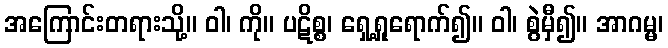
အကြောင်းတရားသို့။ ဝါ၊ ကို။ ပဋိစ္စ၊ ရှေ့ရှုရောက်၍။ ဝါ၊ စွဲမှီ၍။ အာဂမ္မ၊